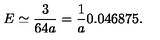
E \simeq \frac { 3 } { 6 4 a } = \frac { 1 } { a } 0 . 0 4 6 8 7 5 .